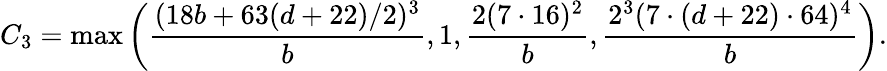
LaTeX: C_{3}=\operatorname*{max}\left(\frac{(18b+63(d+22)/2)^{3}}{b},1,\frac{2(7\cdot 16)^{2}}{b},\frac{2^{3}(7\cdot(d+22)\cdot 64)^{4}}{b}\right).